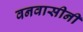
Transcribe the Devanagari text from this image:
वनवासीनी